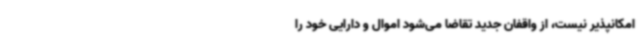
امکانپذیر نیست، از واقفان جدید تقاضا می‌شود اموال و دارایی خود را